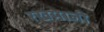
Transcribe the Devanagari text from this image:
रखमाजी